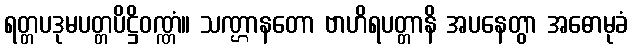
ရတ္တပဒုမပတ္တပိဋ္ဌိဝဏ္ဏံ။ သဏ္ဌာနတော ဗာဟိရပတ္တာနိ အပနေတွာ အဓောမုခံ